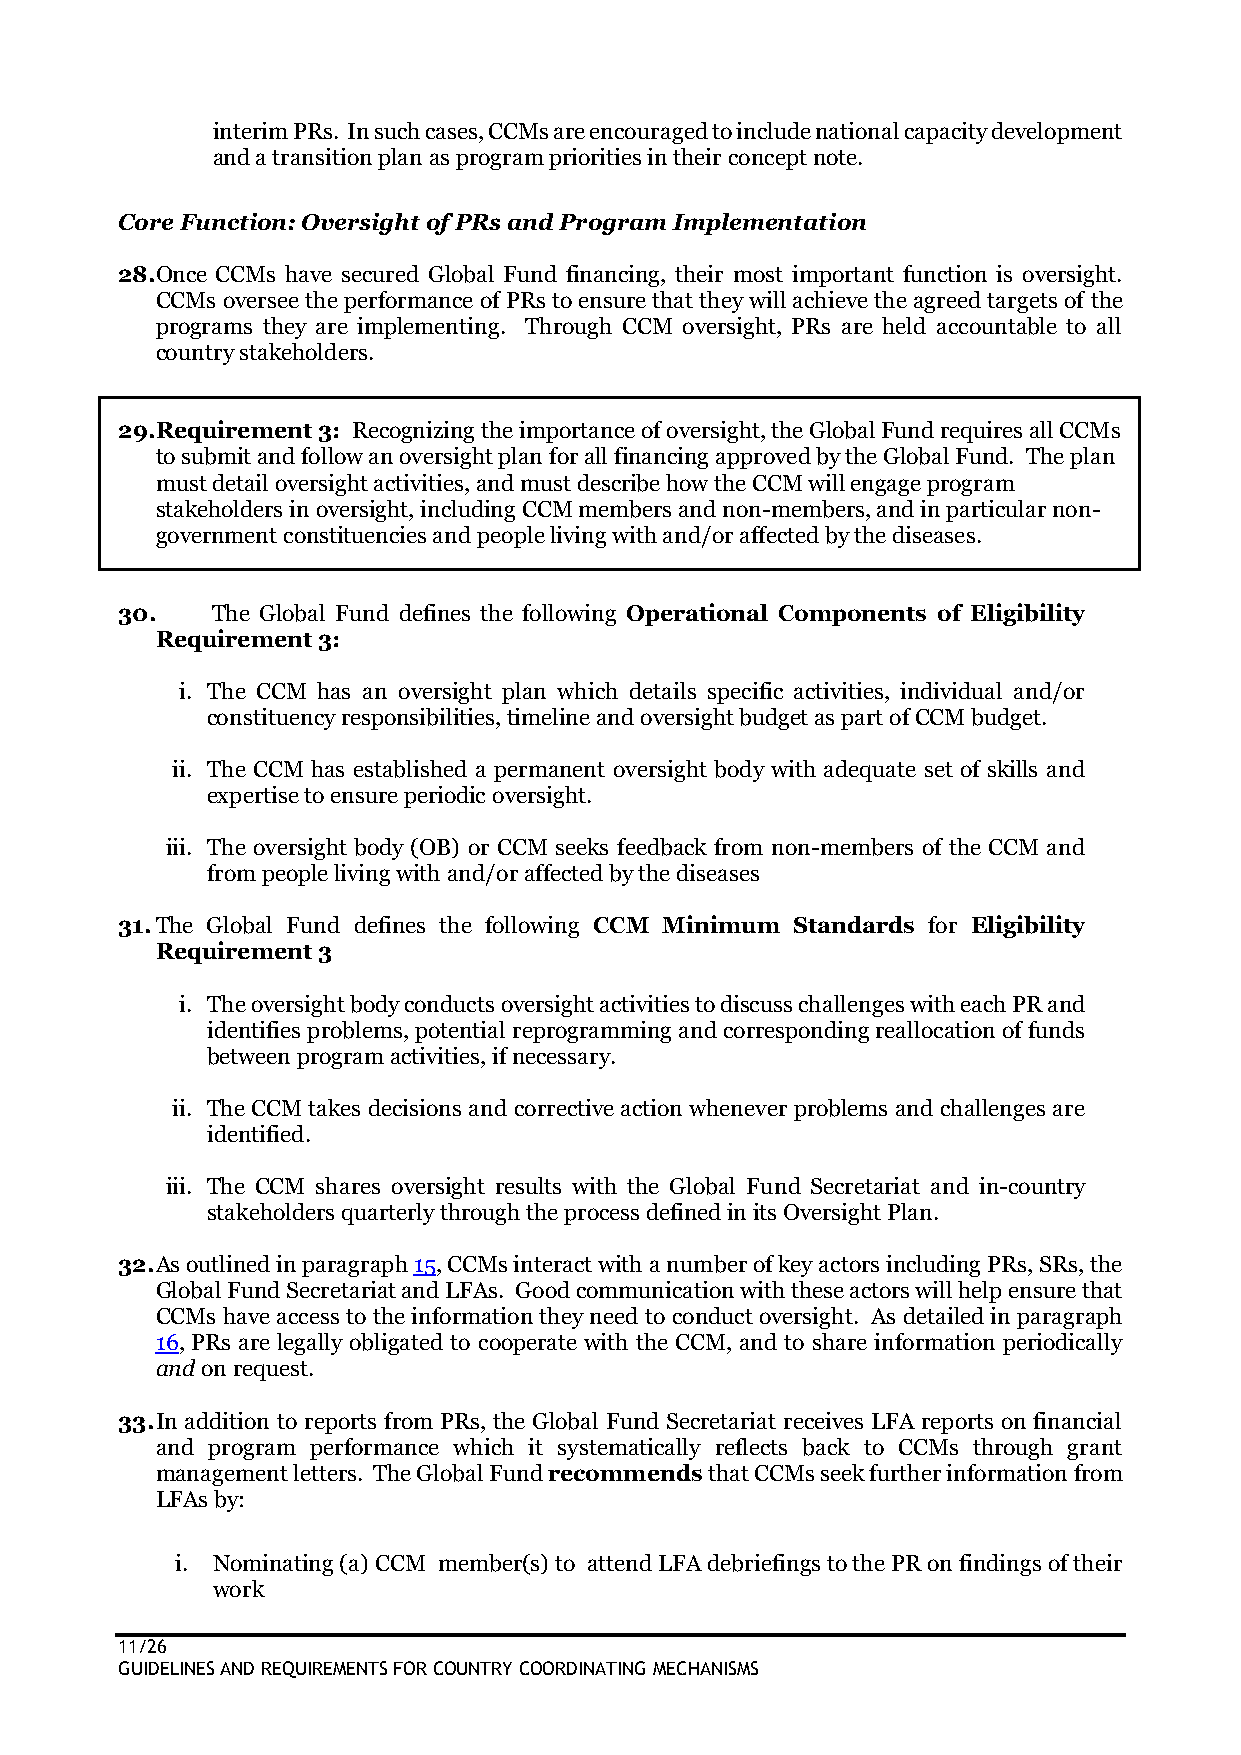
interim PRs. In such cases, CCMs are encouraged to include national capacity development
 and a transition plan as program priorities in their concept note.
 Core Function: Oversight of PRs and Program Implementation
 28. Once CCMs have secured Global Fund financing, their most important function is oversight.
 CCMs oversee the performance of PRs to ensure that they will achieve the agreed targets of the
 programs they are implementing. Through CCM oversight, PRs are held accountable to all
 country stakeholders.
 29. Requirement 3: Recognizing the importance of oversight, the Global Fund requires all CCMs
 to submit and follow an oversight plan for all financing approved by the Global Fund. The plan
 must detail oversight activities, and must describe how the CCM will engage program
 stakeholders in oversight, including CCM members and non-members, and in particular non-
 government constituencies and people living with and/or affected by the diseases.
 30.   The Global Fund defines the following Operational Components of Eligibility
 Requirement 3:
 i. The CCM has an oversight plan which details specific activities, individual and/or
 constituency responsibilities, timeline and oversight budget as part of CCM budget.
 ii. The CCM has established a permanent oversight body with adequate set of skills and
 expertise to ensure periodic oversight.
 iii. The oversight body (OB) or CCM seeks feedback from non-members of the CCM and
 from people living with and/or affected by the diseases
 31. The Global Fund defines the following CCM Minimum Standards for Eligibility
 Requirement 3
 i. The oversight body conducts oversight activities to discuss challenges with each PR and
 identifies problems, potential reprogramming and corresponding reallocation of funds
 between program activities, if necessary.
 ii. The CCM takes decisions and corrective action whenever problems and challenges are
 identified.
 iii. The CCM shares oversight results with the Global Fund Secretariat and in-country
 stakeholders quarterly through the process defined in its Oversight Plan.
 32. As outlined in paragraph 15, CCMs interact with a number of key actors including PRs, SRs, the
 Global Fund Secretariat and LFAs. Good communication with these actors will help ensure that
 CCMs have access to the information they need to conduct oversight. As detailed in paragraph
 16, PRs are legally obligated to cooperate with the CCM, and to share information periodically
 and on request.
 33. In addition to reports from PRs, the Global Fund Secretariat receives LFA reports on financial
 and program performance which it systematically reflects back to CCMs through grant
 management letters. The Global Fund recommends that CCMs seek further information from
 LFAs by:
 i. Nominating (a) CCM member(s) to attend LFA debriefings to the PR on findings of their
 work
 11/26
 GUIDELINES AND REQUIREMENTS FOR COUNTRY COORDINATING MECHANISMS